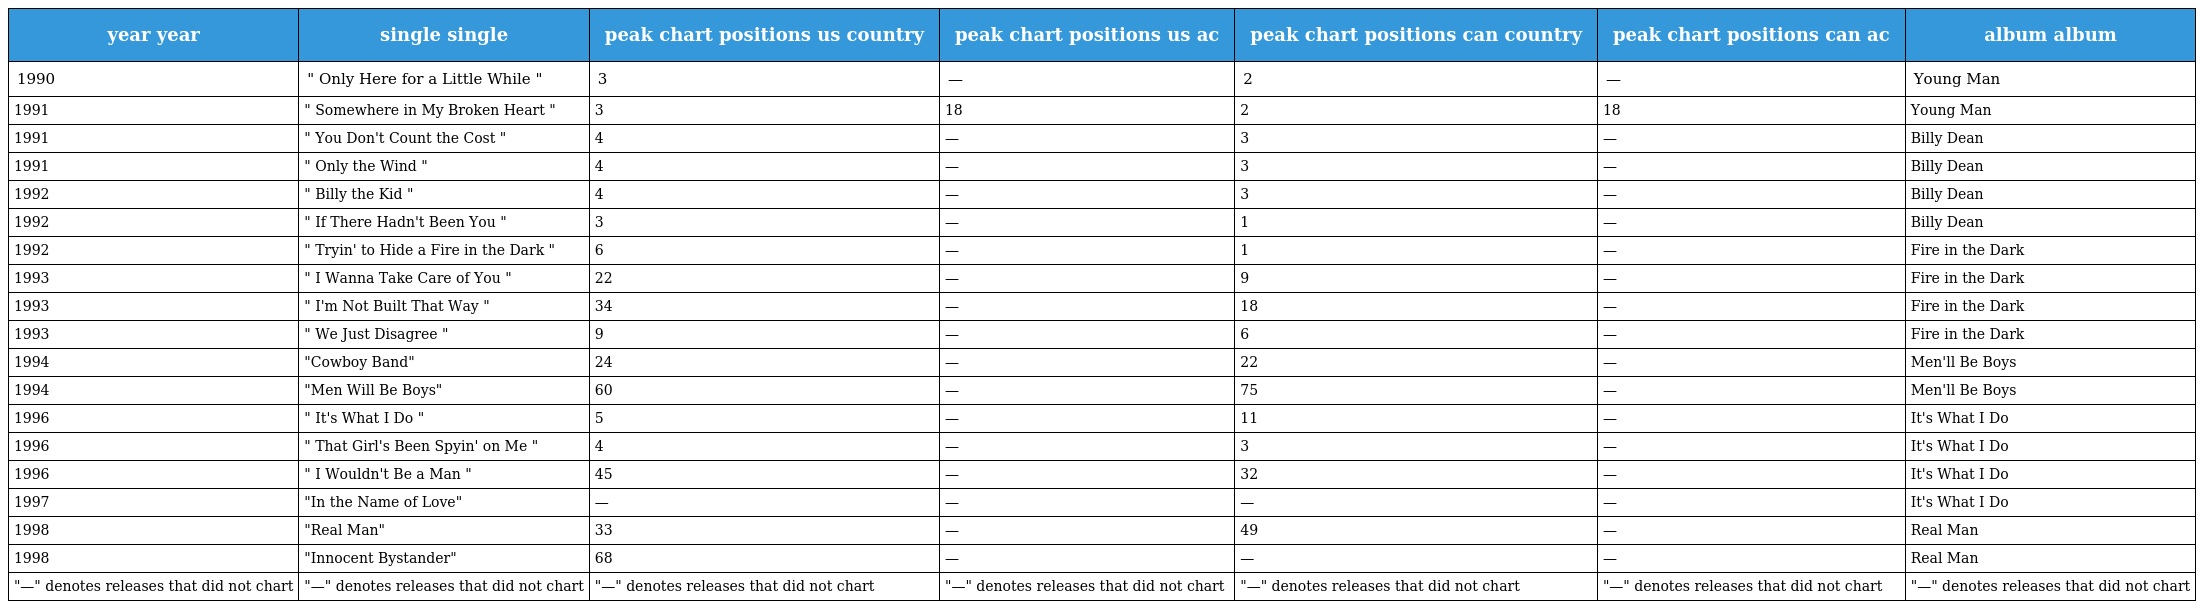
| year year | single single | peak chart positions us country | peak chart positions us ac | peak chart positions can country | peak chart positions can ac | album album |
 | --- | --- | --- | --- | --- | --- | --- |
 | 1990 | " Only Here for a Little While " | 3 | — | 2 | — | Young Man |
 | 1991 | " Somewhere in My Broken Heart " | 3 | 18 | 2 | 18 | Young Man |
 | 1991 | " You Don't Count the Cost " | 4 | — | 3 | — | Billy Dean |
 | 1991 | " Only the Wind " | 4 | — | 3 | — | Billy Dean |
 | 1992 | " Billy the Kid " | 4 | — | 3 | — | Billy Dean |
 | 1992 | " If There Hadn't Been You " | 3 | — | 1 | — | Billy Dean |
 | 1992 | " Tryin' to Hide a Fire in the Dark " | 6 | — | 1 | — | Fire in the Dark |
 | 1993 | " I Wanna Take Care of You " | 22 | — | 9 | — | Fire in the Dark |
 | 1993 | " I'm Not Built That Way " | 34 | — | 18 | — | Fire in the Dark |
 | 1993 | " We Just Disagree " | 9 | — | 6 | — | Fire in the Dark |
 | 1994 | "Cowboy Band" | 24 | — | 22 | — | Men'll Be Boys |
 | 1994 | "Men Will Be Boys" | 60 | — | 75 | — | Men'll Be Boys |
 | 1996 | " It's What I Do " | 5 | — | 11 | — | It's What I Do |
 | 1996 | " That Girl's Been Spyin' on Me " | 4 | — | 3 | — | It's What I Do |
 | 1996 | " I Wouldn't Be a Man " | 45 | — | 32 | — | It's What I Do |
 | 1997 | "In the Name of Love" | — | — | — | — | It's What I Do |
 | 1998 | "Real Man" | 33 | — | 49 | — | Real Man |
 | 1998 | "Innocent Bystander" | 68 | — | — | — | Real Man |
 | "—" denotes releases that did not chart | "—" denotes releases that did not chart | "—" denotes releases that did not chart | "—" denotes releases that did not chart | "—" denotes releases that did not chart | "—" denotes releases that did not chart | "—" denotes releases that did not chart |